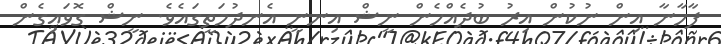
ފާހާނާ އިން ނުކުން އިރު ބުދެއްހެން ނީޝް އިނނީ އެނދުމަތީގައެވެ. ނީޝް ގޮވައިގެން